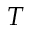
T